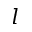
l